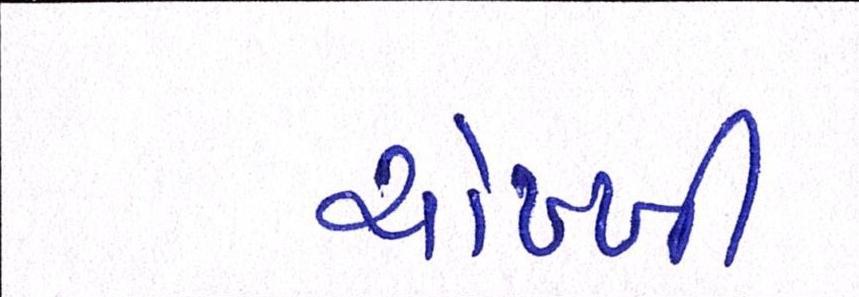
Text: ચોખ્ખી